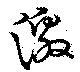
激